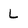
Character: L